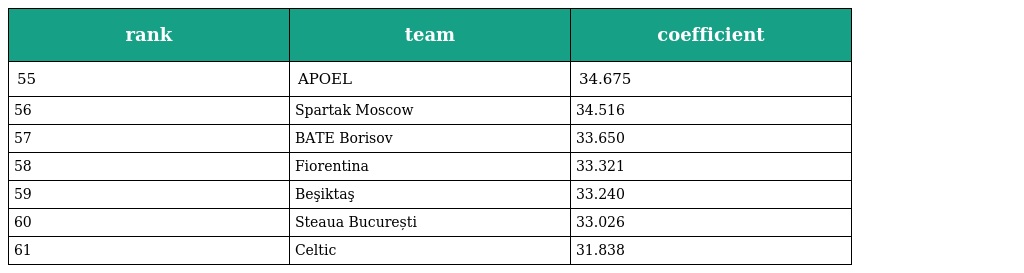
| rank | team | coefficient |
 | --- | --- | --- |
 | 55 | APOEL | 34.675 |
 | 56 | Spartak Moscow | 34.516 |
 | 57 | BATE Borisov | 33.650 |
 | 58 | Fiorentina | 33.321 |
 | 59 | Beşiktaş | 33.240 |
 | 60 | Steaua București | 33.026 |
 | 61 | Celtic | 31.838 |